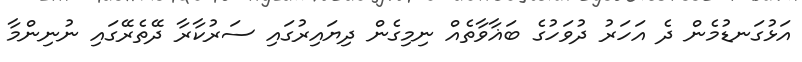
އަޅުގަނޑުމެން ދެ އަހަރު ދުވަހުގެ ބަޣާވާތެއް ނިމިގެން ދިޔައިރުގައި ސަރުކާރާ ދޭތެރޭގައި ނުނިންމާ